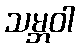
သမ္ဘဝါ